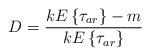
LaTeX: \begin{align*}D=\frac{kE\left\{\tau_{ar}\right\}-m}{kE\left\{\tau_{ar}\right\}}\end{align*}